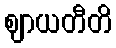
ဈာယတီတိ